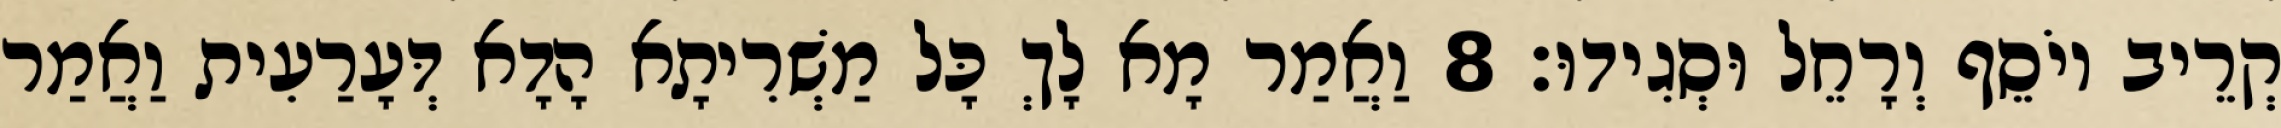
קְרֵיב יוֹסֵף וְרָחֵל וּסְגִידוּ׃ 8 וַאֲמַר מָא לָךְ כָּל מַשְׁרִיתָא הָדָא דְּעָרַעִית וַאֲמַר